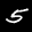
Label: 5